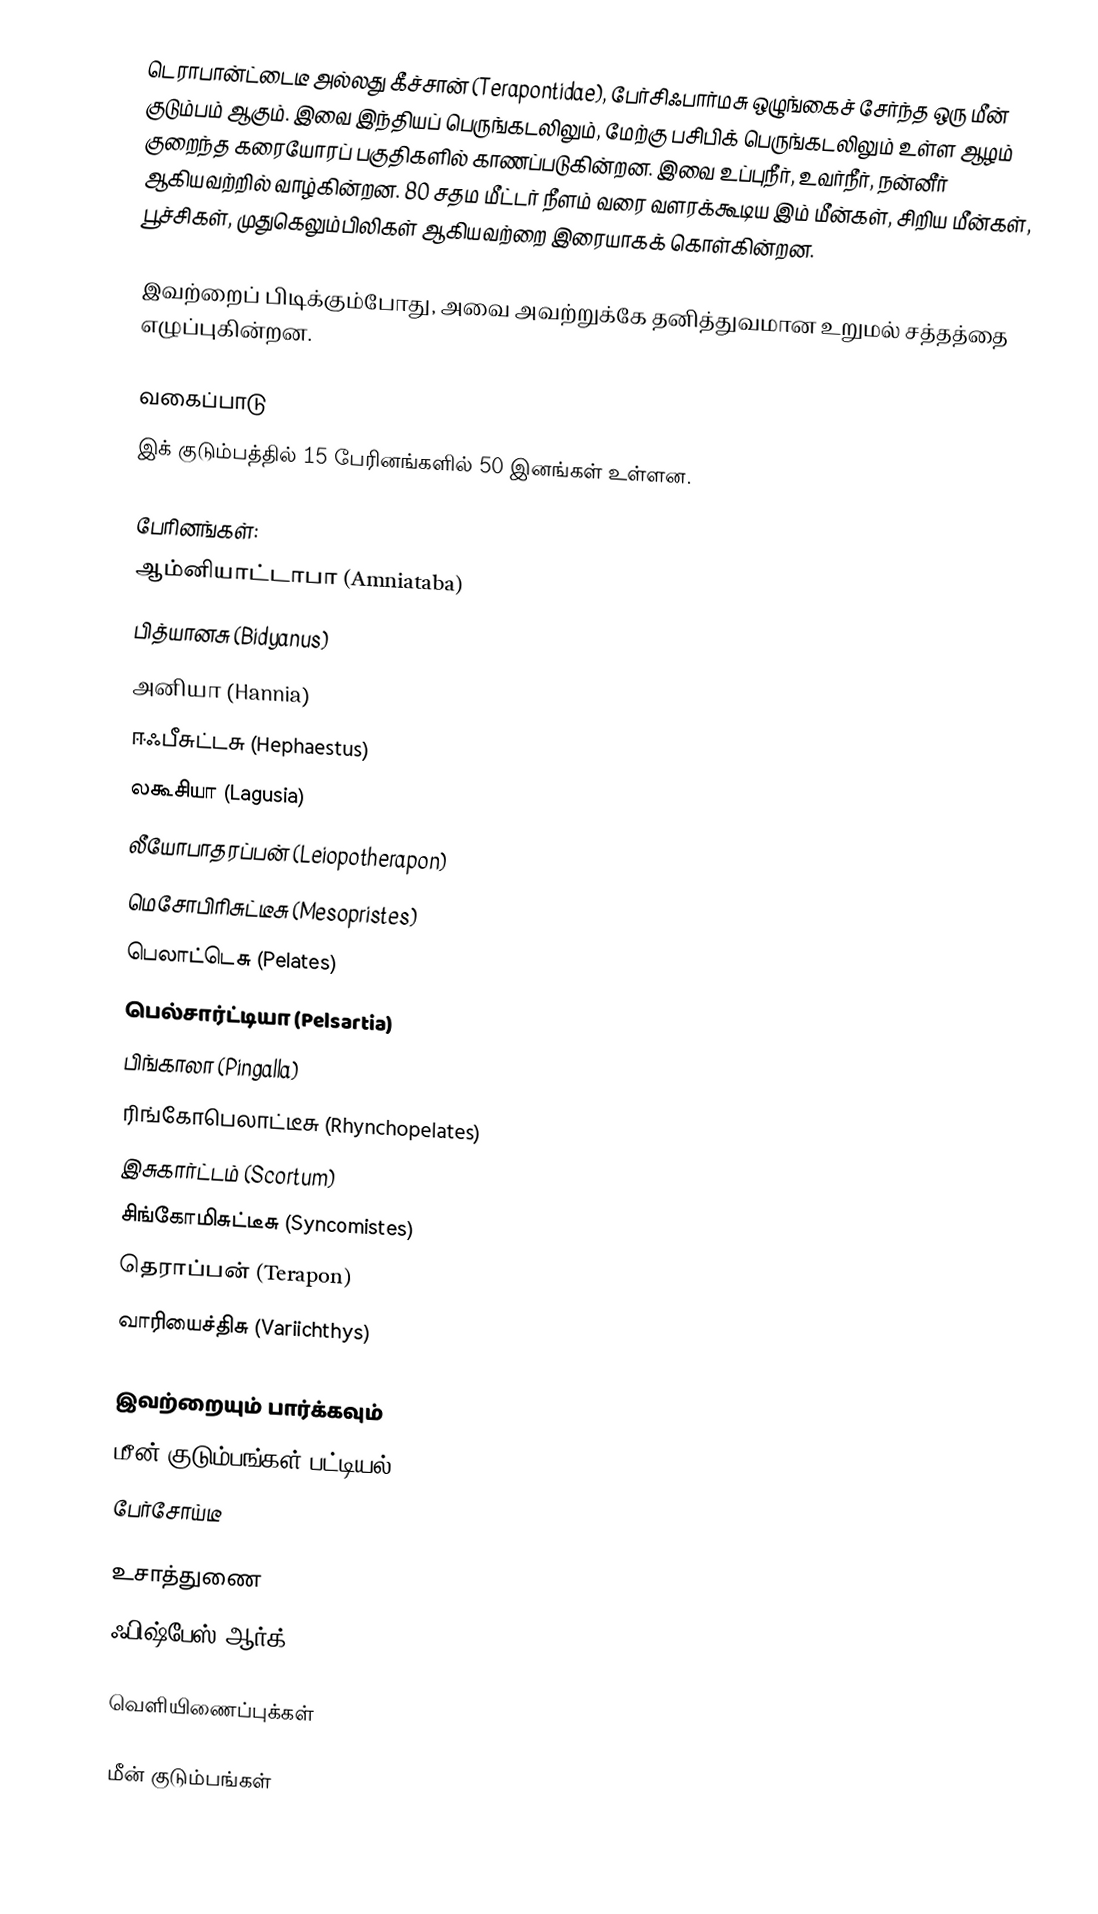
டெராபான்ட்டைடீ அல்லது கீச்சான் (Terapontidae), பேர்சிஃபார்மசு ஒழுங்கைச் சேர்ந்த ஒரு மீன் குடும்பம் ஆகும். இவை இந்தியப் பெருங்கடலிலும், மேற்கு பசிபிக் பெருங்கடலிலும் உள்ள ஆழம் குறைந்த கரையோரப் பகுதிகளில் காணப்படுகின்றன. இவை உப்புநீர், உவர்நீர், நன்னீர் ஆகியவற்றில் வாழ்கின்றன. 80 சதம மீட்டர் நீளம் வரை வளரக்கூடிய இம் மீன்கள், சிறிய மீன்கள், பூச்சிகள், முதுகெலும்பிலிகள் ஆகியவற்றை இரையாகக் கொள்கின்றன.

இவற்றைப் பிடிக்கும்போது, அவை அவற்றுக்கே தனித்துவமான உறுமல் சத்தத்தை எழுப்புகின்றன.

வகைப்பாடு
இக் குடும்பத்தில் 15 பேரினங்களில் 50 இனங்கள் உள்ளன.

பேரினங்கள்:
ஆம்னியாட்டாபா (Amniataba)
பித்யானசு (Bidyanus)
அனியா (Hannia)
ஈஃபீசுட்டசு (Hephaestus)
லகூசியா (Lagusia)
லீயோபாதரப்பன் (Leiopotherapon)
மெசோபிரிசுட்டீசு (Mesopristes)
பெலாட்டெசு (Pelates)
பெல்சார்ட்டியா (Pelsartia)
பிங்காலா (Pingalla)
ரிங்கோபெலாட்டீசு (Rhynchopelates)
இசுகார்ட்டம் (Scortum)
சிங்கோமிசுட்டீசு (Syncomistes)
தெராப்பன் (Terapon)
வாரியைச்திசு (Variichthys)

இவற்றையும் பார்க்கவும்
 மீன் குடும்பங்கள் பட்டியல்
 பேர்சோய்டீ

உசாத்துணை
 ஃபிஷ்பேஸ்.ஆர்க்

வெளியிணைப்புக்கள்

மீன் குடும்பங்கள்